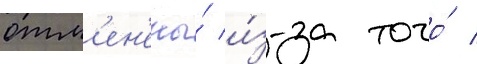
отм'ен'ены́ и́з-за того́ /